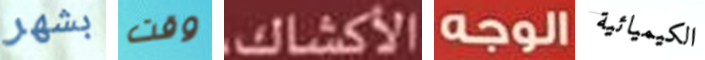
بشهر وقت الأكشاك الوجه الكيميائية